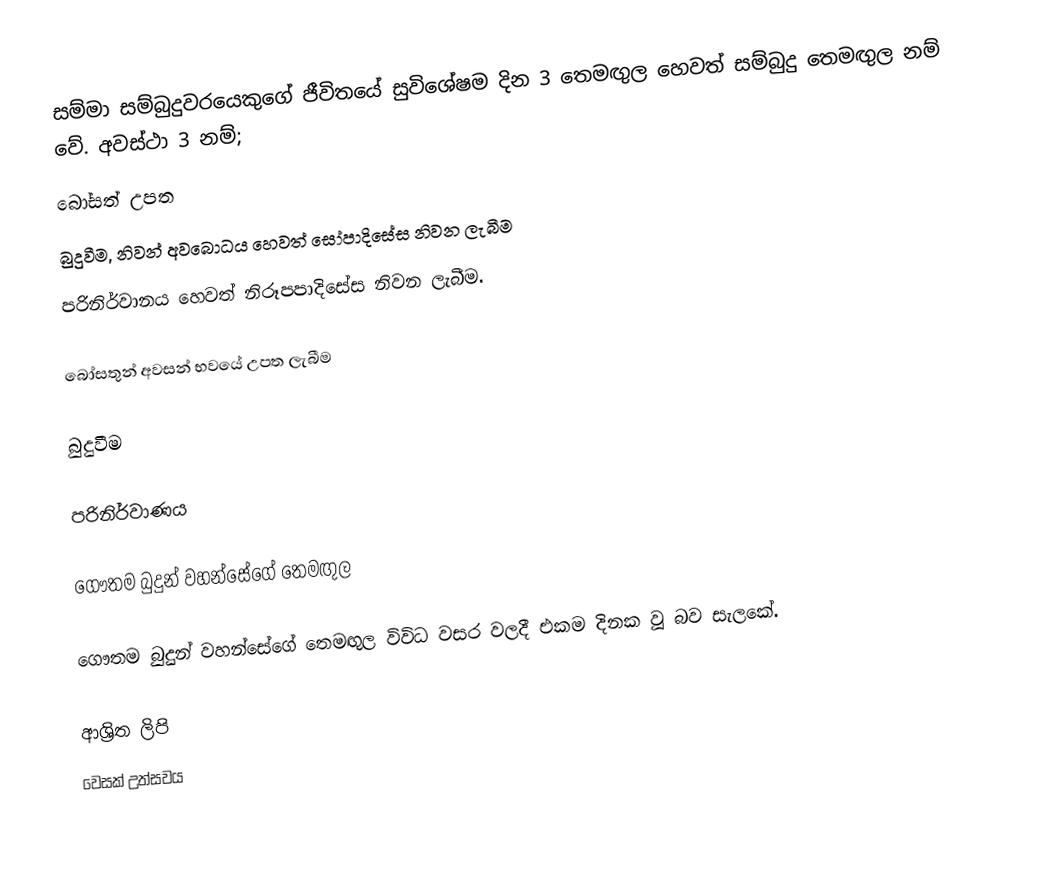
සම්මා සම්බුදුවරයෙකුගේ ජීවිතයේ සුවිශේෂම දින 3 තෙමඟුල හෙවත් සම්බුදු තෙමඟුල නම් වේ.  අවස්ථා 3 නම්;
 ‍බෝසත් උපත
 බුදුවීම, නිවන් අවබොධය හෙවත් සෝපාදිසේස නිවන ලැබීම
 පරිනිර්වානය හෙවත් නිරූපපාදිසේස නිවන ලැබීම.

බෝසතුන් අවසන් භවයේ උපත ලැබීම

බුදුවීම

පරිනිර්වාණය

ගෞතම බුදුන් වහන්සේගේ තෙමඟුල

ගෞතම බුදුන් වහන්සේගේ තෙමඟුල විවිධ වසර වලදී එකම දිනක වූ බව සැලකේ.

ආශ්‍රිත ලිපි
 වෙසක් උත්සවය